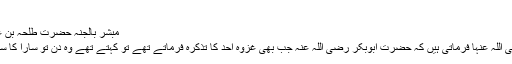
( سیرۃ ابن ہشام )
مبشر بالجنہ حضرت طلحہ بن عبید اللہ رضی اللہ عنہ​
٭ حضرت عائشہ رضی اللہ عنہا فرماتی ہیں کہ حضرت ابوبکر رضی اللہ عنہ جب بھی غزوہ احد کا تذکرہ فرماتے تھے تو کہتے تھے وہ دن تو سارا کا سارا طلحہ کے نام رہا ۔